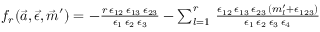
\begin{array} { r } { f _ { r } ( \vec { a } , \vec { \epsilon } , \vec { m } ^ { \prime } ) = - \frac { r \, \epsilon _ { 1 2 } \, \epsilon _ { 1 3 } \, \epsilon _ { 2 3 } } { \epsilon _ { 1 } \, \epsilon _ { 2 } \, \epsilon _ { 3 } } - \sum _ { l = 1 } ^ { r } \, \frac { \epsilon _ { 1 2 } \, \epsilon _ { 1 3 } \, \epsilon _ { 2 3 } \, ( m _ { l } ^ { \prime } + \epsilon _ { 1 2 3 } ) } { \epsilon _ { 1 } \, \epsilon _ { 2 } \, \epsilon _ { 3 } \, \epsilon _ { 4 } } } \end{array}